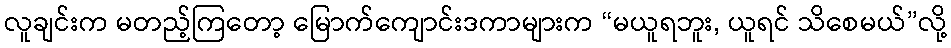
လူချင်းက မတည့်ကြတော့ မြောက်ကျောင်းဒကာများက “မယူရဘူး, ယူရင် သိစေမယ်”လို့